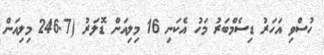
ހުސްވި އަހަރު ޑިސެމްބަރު މަހު އެކަނި 16 މިލިއަން ޑޮލަރު (246.7 މިލިއަން